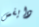
دايفس